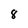
Character: 8